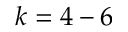
k = 4 - 6